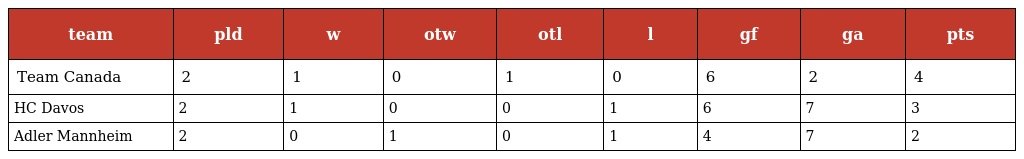
| team | pld | w | otw | otl | l | gf | ga | pts |
 | --- | --- | --- | --- | --- | --- | --- | --- | --- |
 | Team Canada | 2 | 1 | 0 | 1 | 0 | 6 | 2 | 4 |
 | HC Davos | 2 | 1 | 0 | 0 | 1 | 6 | 7 | 3 |
 | Adler Mannheim | 2 | 0 | 1 | 0 | 1 | 4 | 7 | 2 |